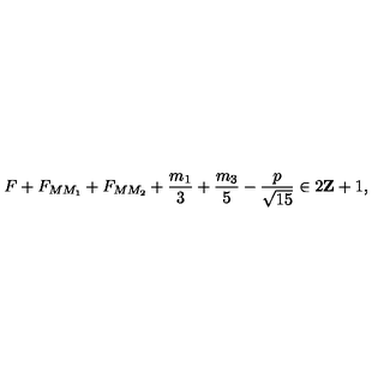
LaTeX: F + F _ { M M _ { 1 } } + F _ { M M _ { 2 } } + \frac { m _ { 1 } } { 3 } + \frac { m _ { 3 } } { 5 } - \frac { p } { \sqrt { 1 5 } } \in 2 { \bf Z } + 1 ,